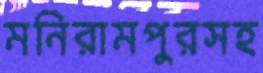
মনিরামপুরসহ